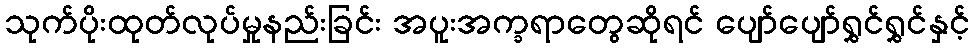
သုက်ပိုးထုတ်လုပ်မှုနည်းခြင်း အပူးအက္ခရာတွေဆိုရင် ပျော်ပျော်ရွှင်ရွှင်နှင့်